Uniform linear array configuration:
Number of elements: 16
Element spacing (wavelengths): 0.25
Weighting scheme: hann
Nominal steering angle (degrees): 15
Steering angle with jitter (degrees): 15.373
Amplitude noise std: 0.05
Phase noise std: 0.05

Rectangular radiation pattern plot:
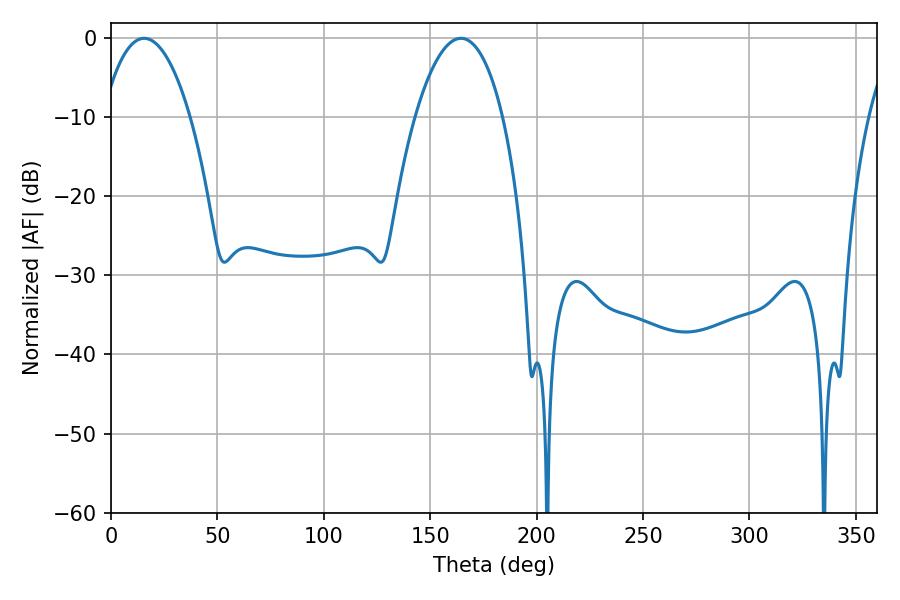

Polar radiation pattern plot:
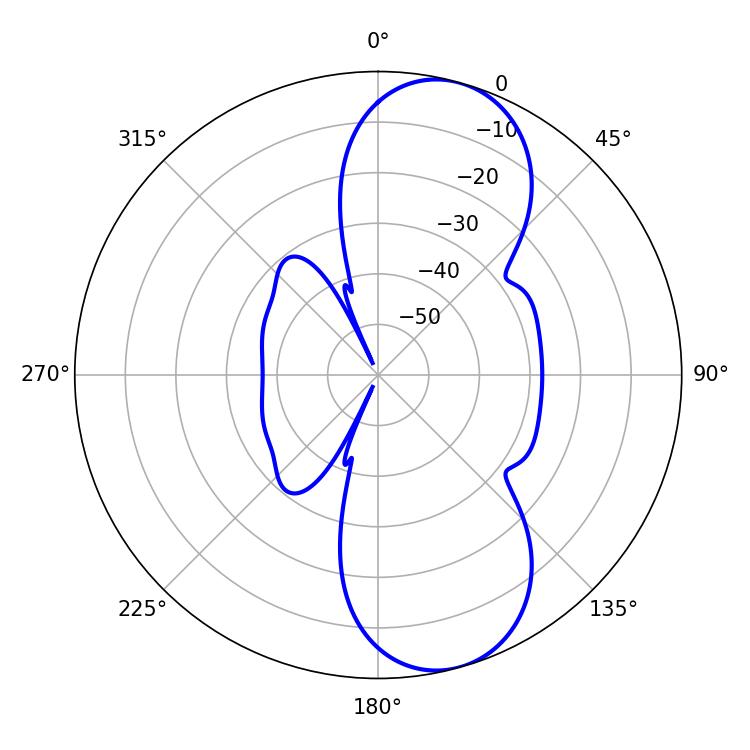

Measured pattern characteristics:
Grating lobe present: FALSE
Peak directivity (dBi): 9.284
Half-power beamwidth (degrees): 23.04
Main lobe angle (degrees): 15.48